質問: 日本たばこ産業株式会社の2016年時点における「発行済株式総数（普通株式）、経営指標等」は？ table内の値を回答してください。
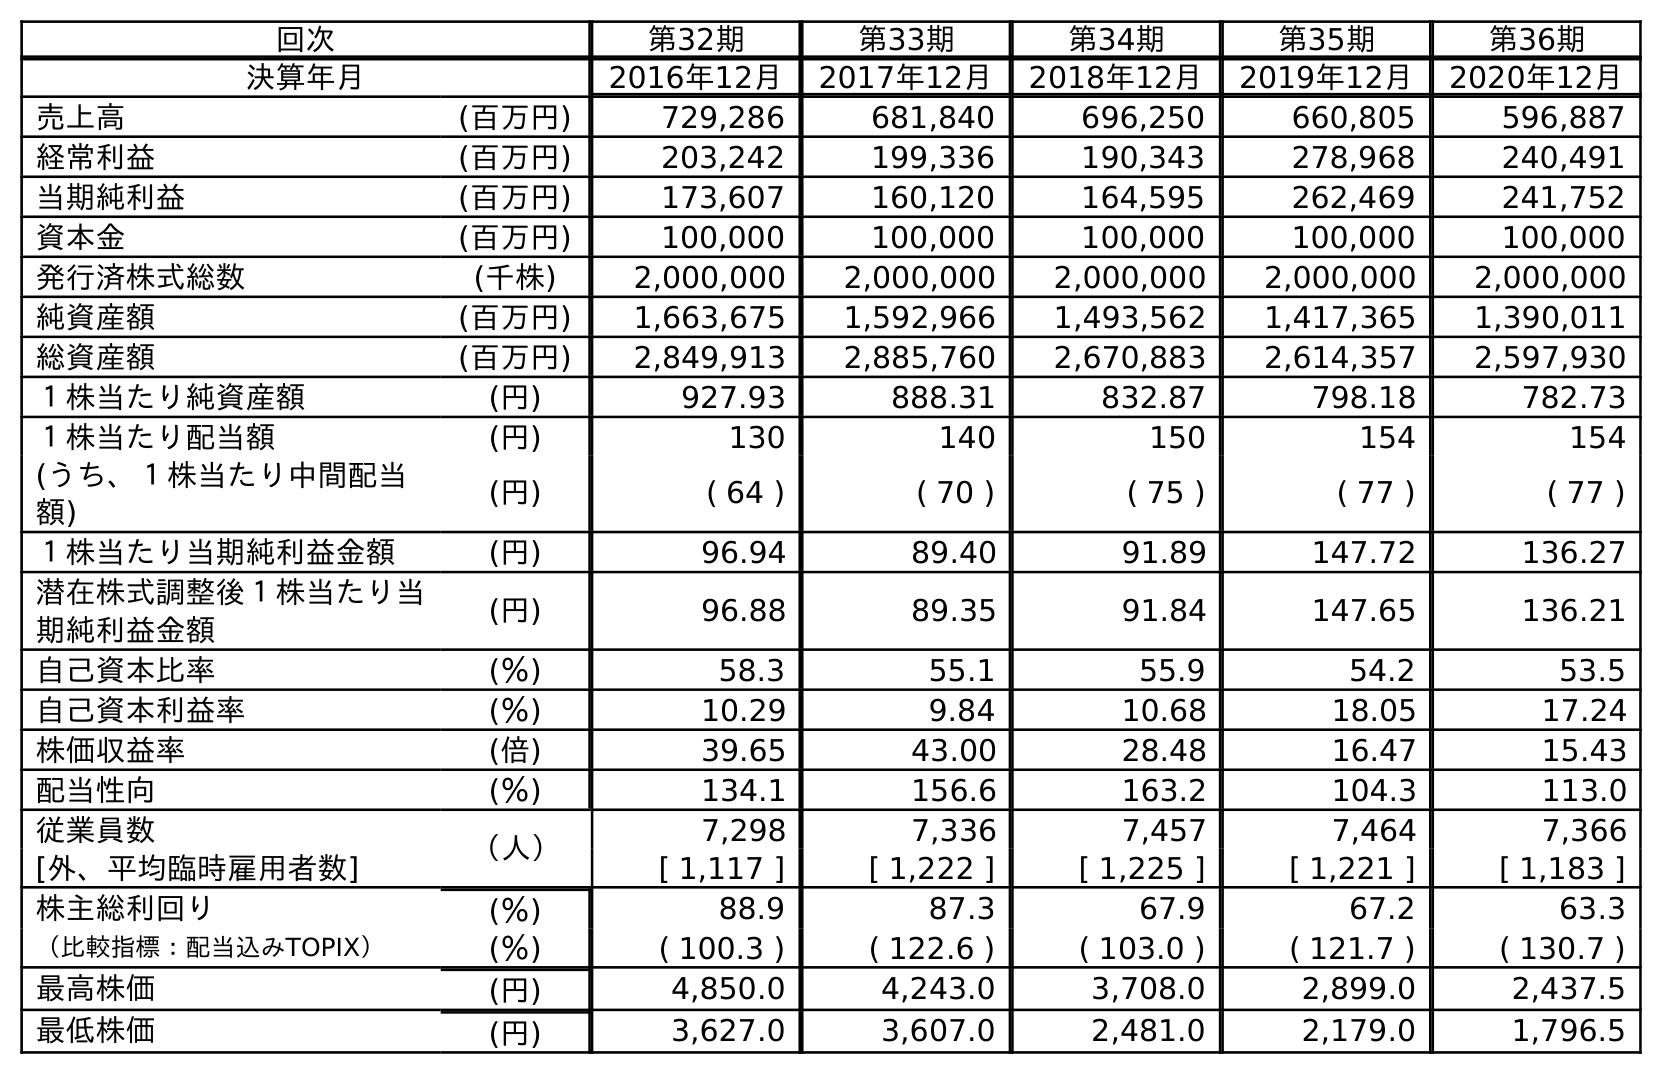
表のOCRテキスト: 回次 第32期 第33期 第34期 第35期 第36期 決算年月 2016年12月 2017年12月 2018年12月 2019年12月 2020年12月 売上高 (百万円) 729,286 681,840 696,250 660,805 596,887 経常利益 (百万円) 203,242 199,336 190,343 278,968 240,491 当期純利益 (百万円) 173,607 160,120 164,595 262,469 241,752 資本金 (百万円) 100,000 100,000 100,000 100,000 100,000 発行済株式総数 (千株) 2,000,000 2,000,000 2,000,000 2,000,000 2,000,000 純資産額 (百万円) 1,663,675 1,592,966 1,493,562 1,417,365 1,390,011 総資産額 (百万円) 2,849,913 2,885,760 2,670,883 2,614,357 2,597,930 １株当たり純資産額 (円) 927.93 888.31 832.87 798.18 782.73 １株当たり配当額 (円) 130 140 150 154 154 (うち、１株当たり中間配当 額) (円) ( 64 ) ( 70 ) ( 75 ) ( 77 ) ( 77 ) １株当たり当期純利益金額 (円) 96.94 89.40 91.89 147.72 136.27 潜在株式調整後１株当たり当 期純利益金額 (円) 96.88 89.35 91.84 147.65 136.21 自己資本比率 (％) 58.3 55.1 55.9 54.2 53.5 自己資本利益率 (％) 10.29 9.84 10.68 18.05 17.24 株価収益率 (倍) 39.65 43.00 28.48 16.47 15.43 配当性向 (％) 134.1 156.6 163.2 104.3 113.0 従業員数 （人） 7,298 7,336 7,457 7,464 7,366 [外、平均臨時雇用者数] [ 1,117 ] [ 1,222 ] [ 1,225 ] [ 1,221 ] [ 1,183 ] 株主総利回り (％) 88.9 87.3 67.9 67.2 63.3 （比較指標：配当込みTOPIX） (％) ( 100.3 ) ( 122.6 ) ( 103.0 ) ( 121.7 ) ( 130.7 ) 最高株価 (円) 4,850.0 4,243.0 3,708.0 2,899.0 2,437.5 最低株価 (円) 3,627.0 3,607.0 2,481.0 2,179.0 1,796.5
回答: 2,000,000